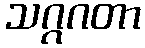
သဂ္ဂဂတာ